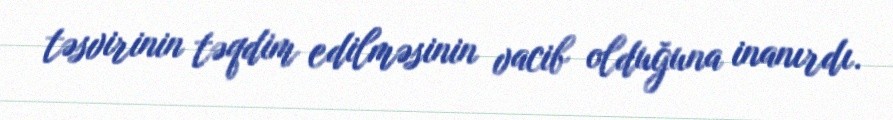
təsvirinin təqdim edilməsinin vacib olduğuna inanırdı.